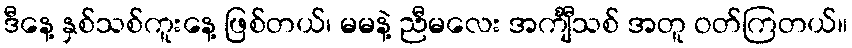
ဒီနေ့ နှစ်သစ်ကူးနေ့ ဖြစ်တယ်၊ မမနဲ့ ညီမလေး အင်္ကျီသစ် အတူ ဝတ်ကြတယ်။